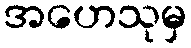
အဟေသုမှ